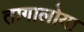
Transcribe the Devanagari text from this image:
तागालोया